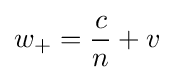
w_{+}={\frac {c}{n}}+v\